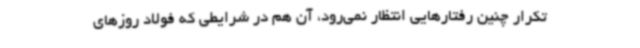
تکرار چنین رفتارهایی انتظار نمی‌رود، آن هم در شرایطی که فولاد روزهای